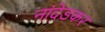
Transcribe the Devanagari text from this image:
नांदेडकर